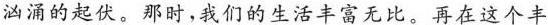
汹涌的起伏。那时，我们的生活丰富无比。再在这个丰